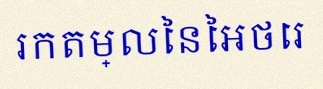
រកតម្លៃនៃអថេរ